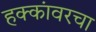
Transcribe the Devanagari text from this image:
हक्कांवरचा